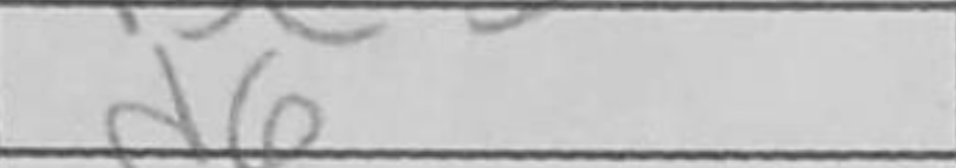
Transcription: d6